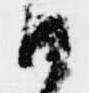
候